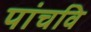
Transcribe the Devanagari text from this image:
पांचवि